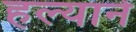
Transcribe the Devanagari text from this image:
हल्याने